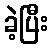
ခဲ့ပြီး